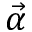
\vec { \alpha }